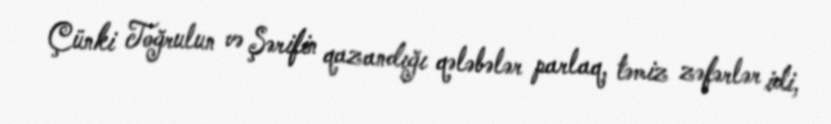
Çünki Toğrulun və Şərifin qazandığı qələbələr parlaq, təmiz zəfərlər idi,